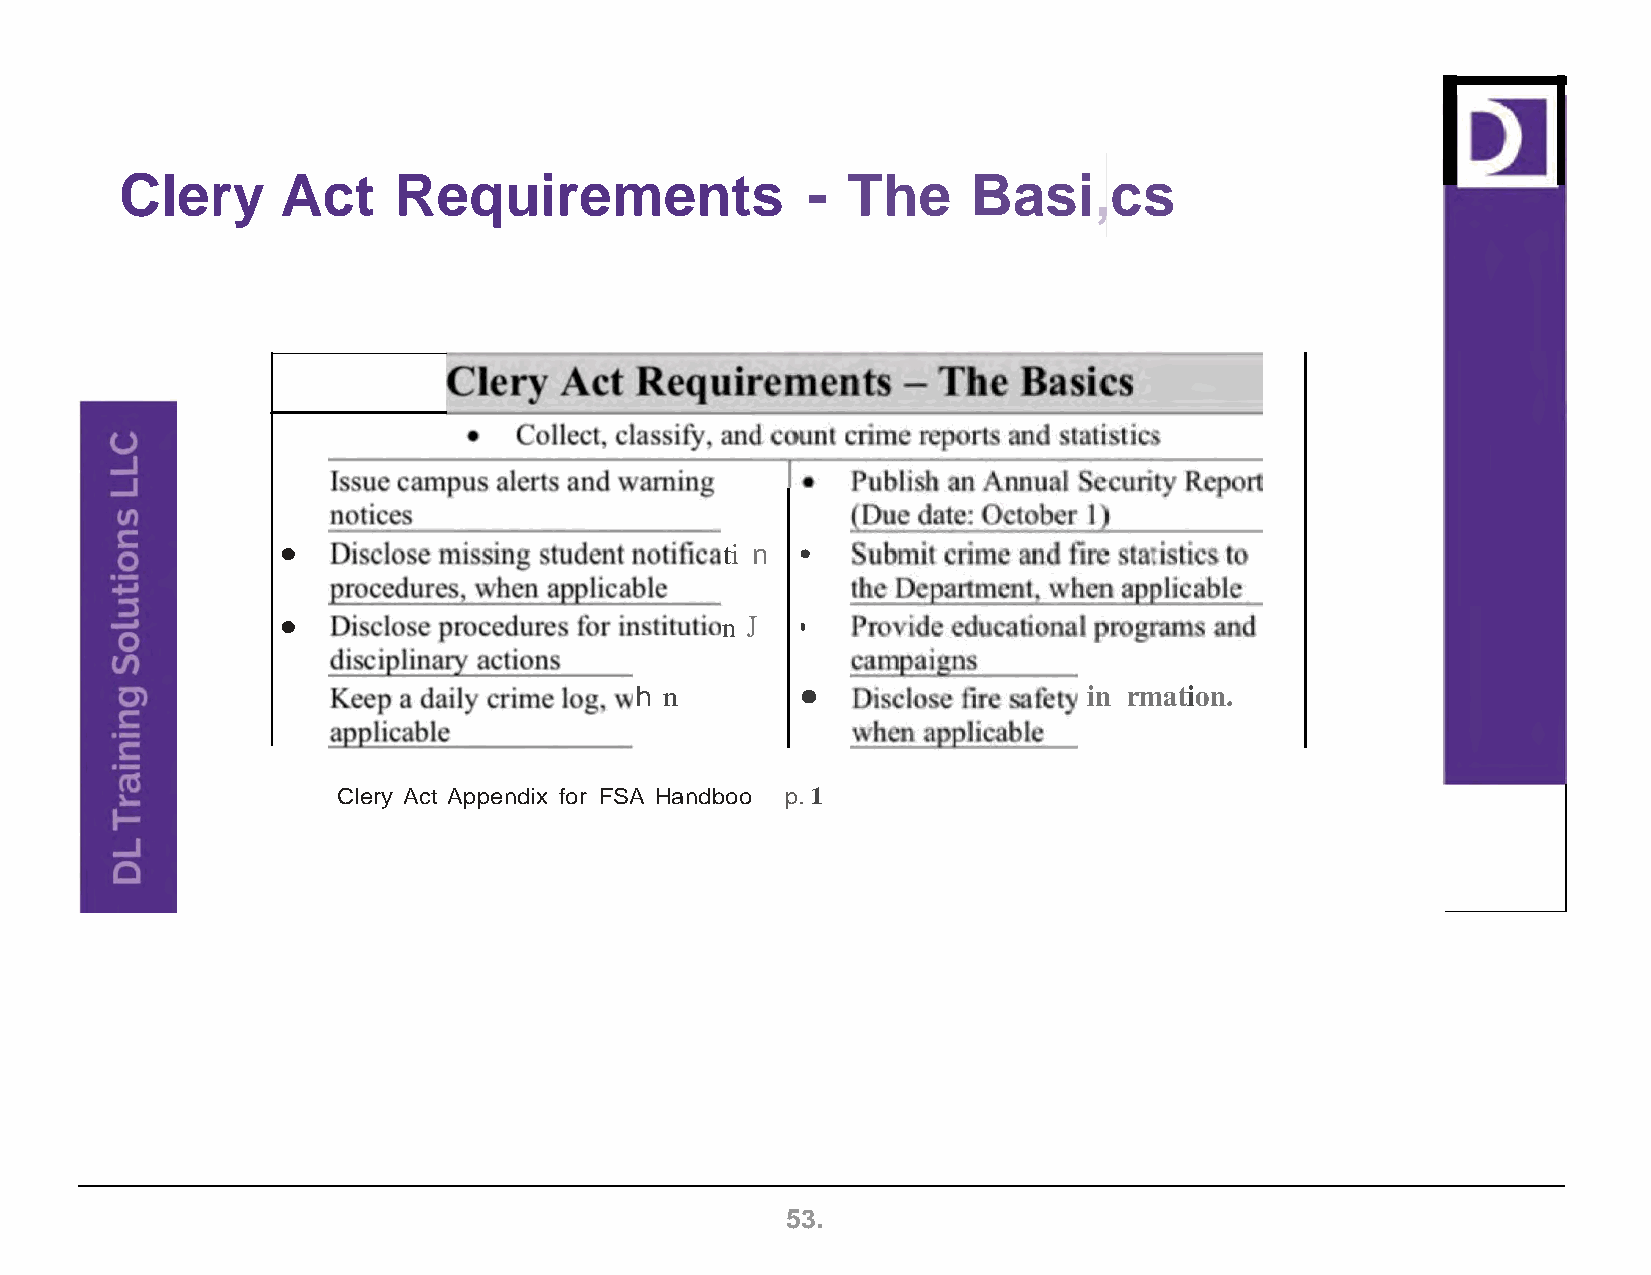
Clery      Act    Requirements               -  The     Basi,cs
 •                            ti n •
 •                            n J  •
 h n        •                  in rmation.
 Clery Act Appendix for FSA Handboo p. 1
 53.